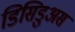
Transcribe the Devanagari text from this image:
डिसिडुअस